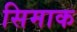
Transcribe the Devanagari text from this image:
सिमाक